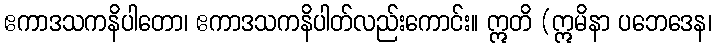
ဧကာဒသကနိပါတော၊ ဧကာဒသကနိပါတ်လည်းကောင်း။ ဣတိ (ဣမိနာ ပဘေဒေန၊